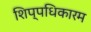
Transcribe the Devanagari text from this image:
शिप्पधिकारम